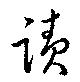
蹟